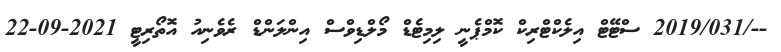
--/2019/031 ސްޓޭޓް އިލެކްޓްރިކް ކޮމްޕެނީ ލިމިޓެޑް މޯލްޑިވްސް އިންލަންޑް ރެވެނިއު އޮތޯރިޓީ 2021-09-22